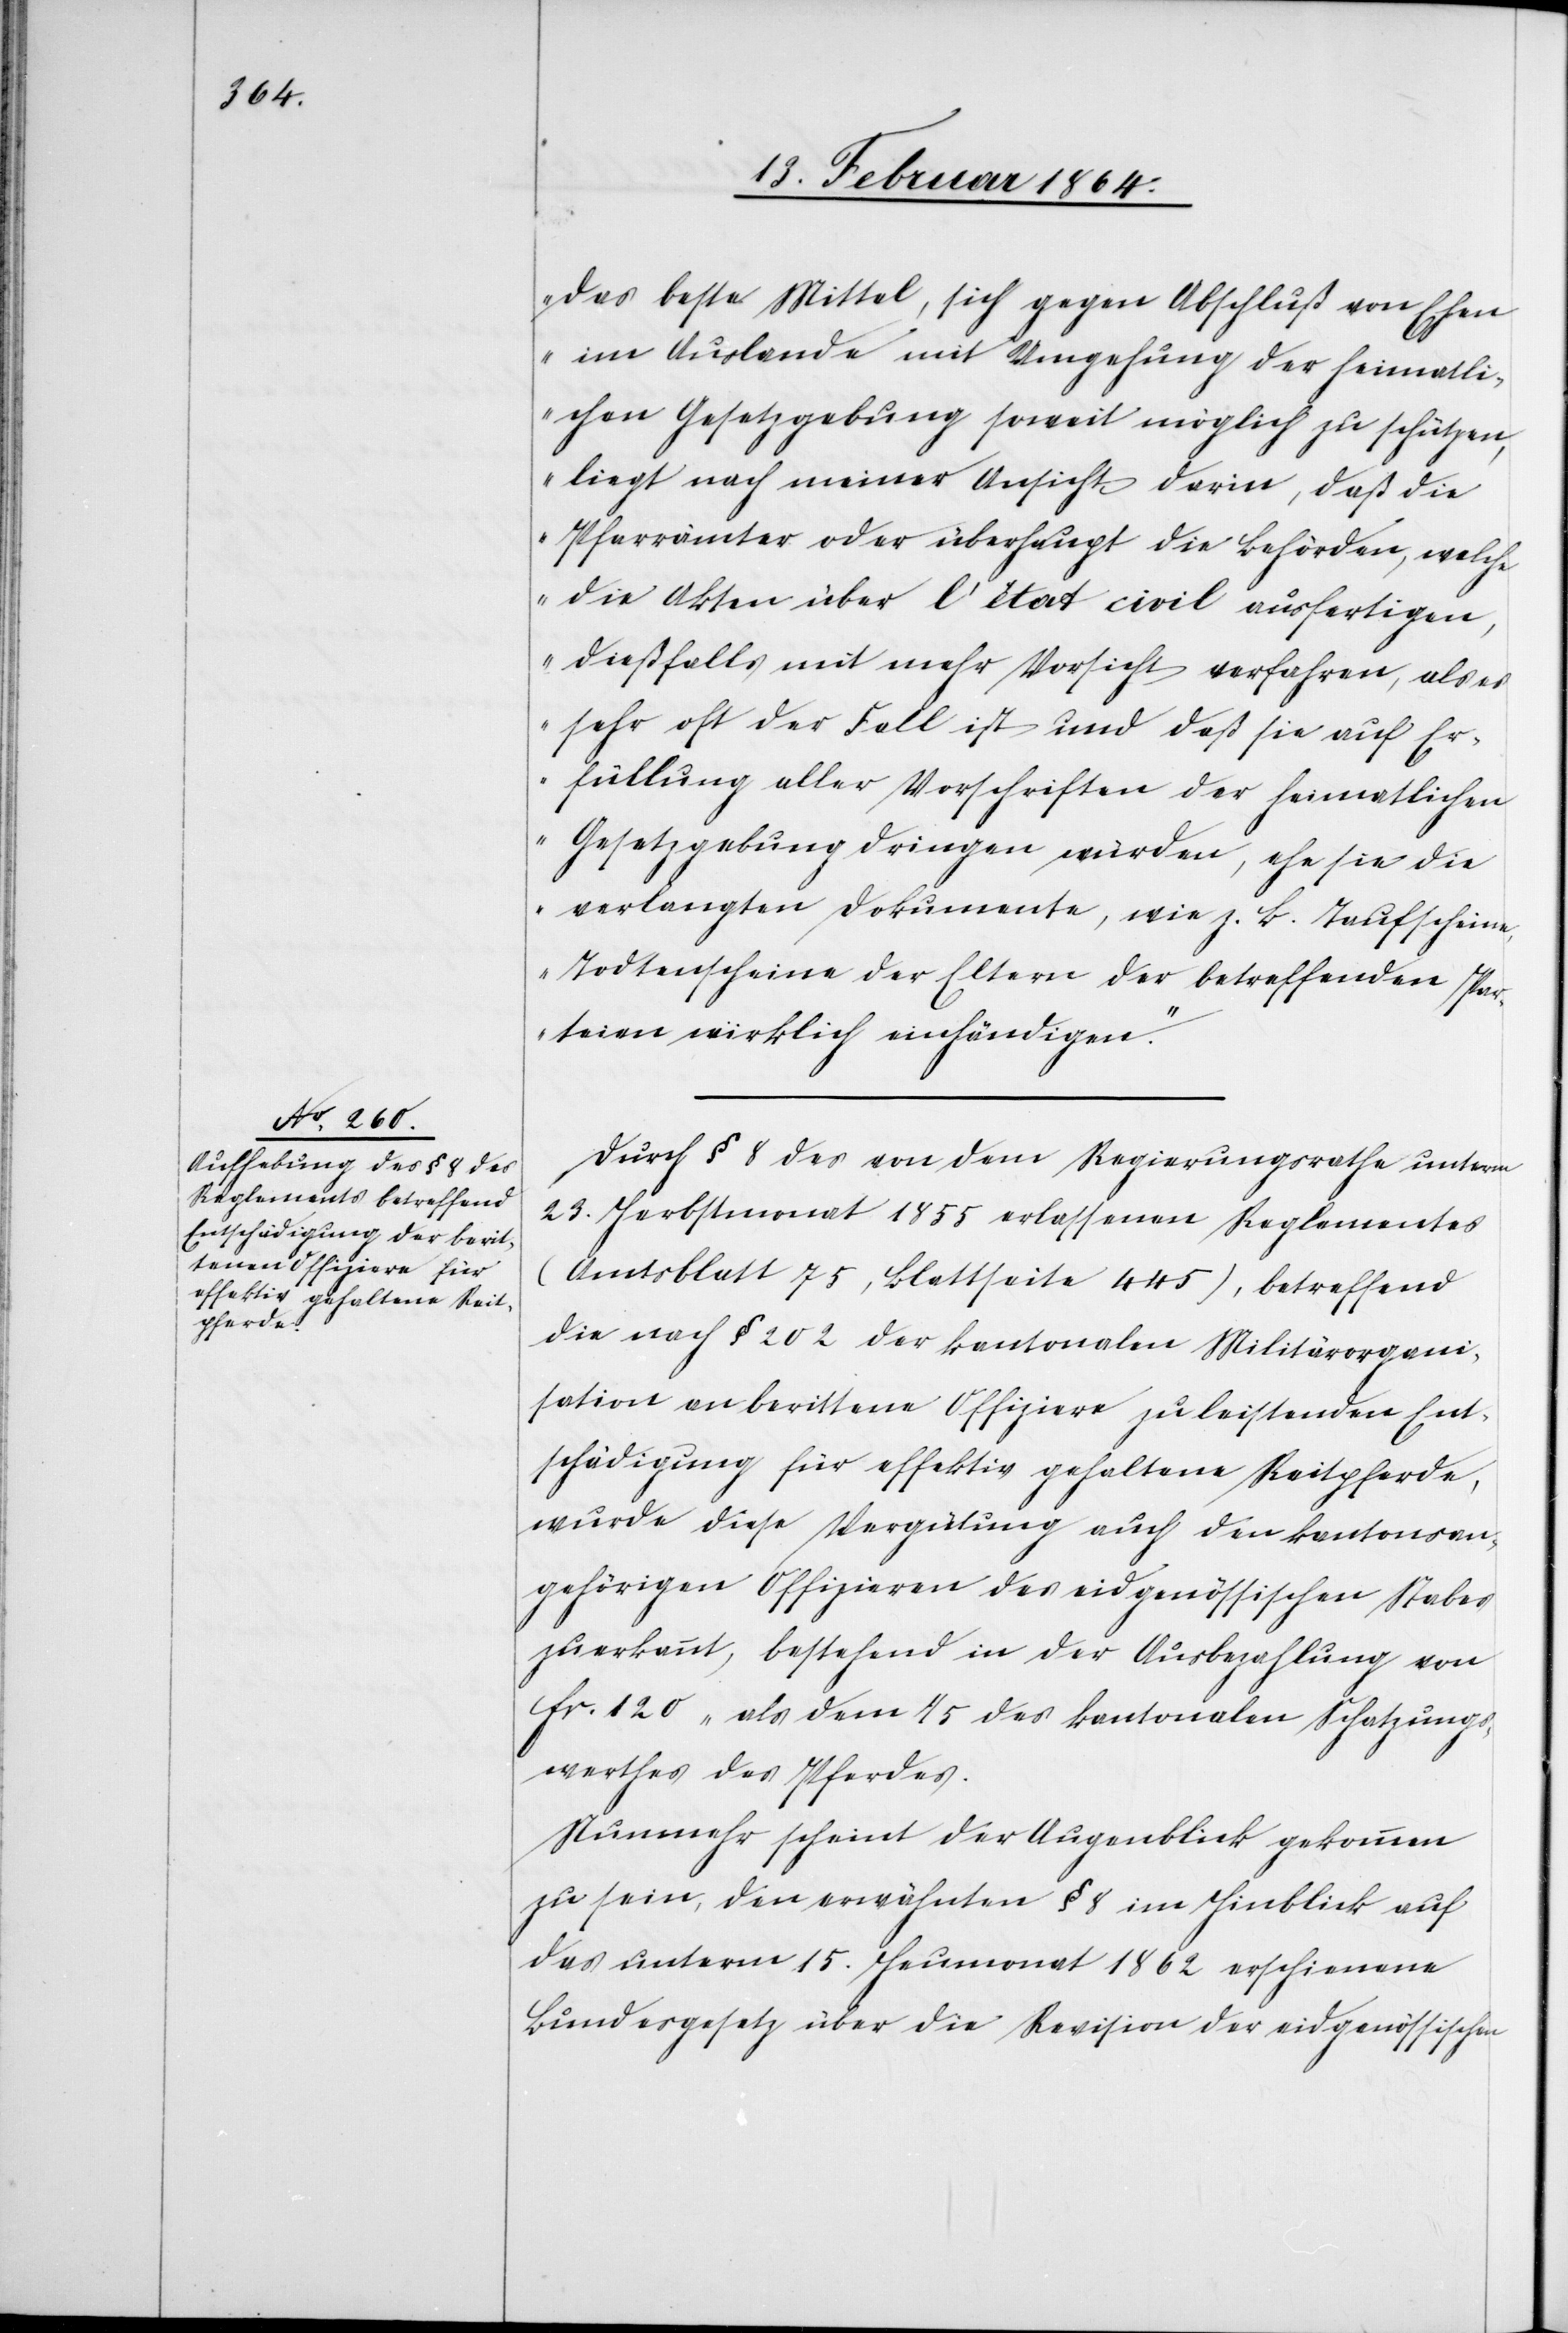
Das beste Mittel, sich gegen Abschluß von Ehen
im Auslande mit Umgehung der heimatli¬
chen Gesetzgebung soweit möglich zu schützen,
liegt nach meiner Ansicht darin, daß die
Pfarrämter oder überhaupt die Behörden, welche
die Akten über l’état civil ausfertigen,
dießfalls mit mehr Vorsicht verfahren, als es
sehr oft der Fall ist und daß sie auf Er¬
füllung aller Vorschriften der heimatlichen
Gesetzgebung dringen würden, ehe sie die
verlangten Dokumente, wie z. B. Taufscheine,
Todtenscheine der Eltern der betreffenden Par¬
teien wirklich einhändigen.“
Durch § 8 des von dem Regierungsrathe unterm
23. Herbstmonat 1855 erlassenen Reglementes
(Amtsblatt 75, Blattseite 445), betreffend
die nach § 202 der kantonalen Militärorgani¬
sation an berittene Offiziere zu leistenden Ent¬
schädigung für effektiv gehaltene Reitpferde,
wurde diese Vergütung auch den kantonsan¬
gehörigen Offizieren des eidgenössischen Stabes
zuerkannt, bestehend in der Ausbezahlung von
fr. 120 als dem 1/5 des kantonalen Schatzungs¬
werthes des Pferdes.
Nunmehr scheint der Augenblick gekommen
zu sein, den erwähnten § 8 im Hinblick auf
das unterm 15. Heumonat 1862 erschienene
Bundesgesetz über die Revision der eidgenössischen